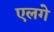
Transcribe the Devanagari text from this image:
एलगे